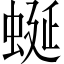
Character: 蜒